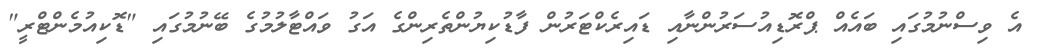
އެ ވިސްނުމުގައި ބައެއް ޕްރޮޑިއުސަރުންނާއި ޑައިރެކްޓަރުން ފާޑުކިޔުންތެރިންގެ އަގު ވައްޓާލުމުގެ ބޭނުމުގައި "ޑޮކިއުމެންޓްރީ"